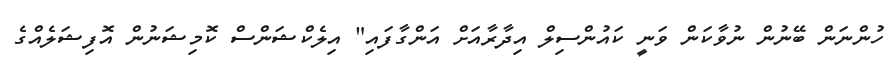
ހުންނަން ބޭނުން ނުވާކަން ވަނީ ކައުންސިލް އިދާރާއަށް އަންގާފައި" އިލެކްޝަންސް ކޮމިޝަނުން އޮފިޝަލެއްގެ